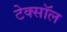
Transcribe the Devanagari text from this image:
टेक्सॉल